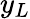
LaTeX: y_{L}